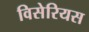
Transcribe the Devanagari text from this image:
विसेरियस